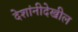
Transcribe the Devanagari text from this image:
देशांनीदेखील